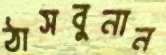
ঠাসবুনান